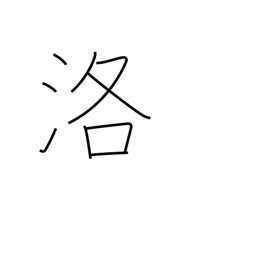
Meaning: the capital